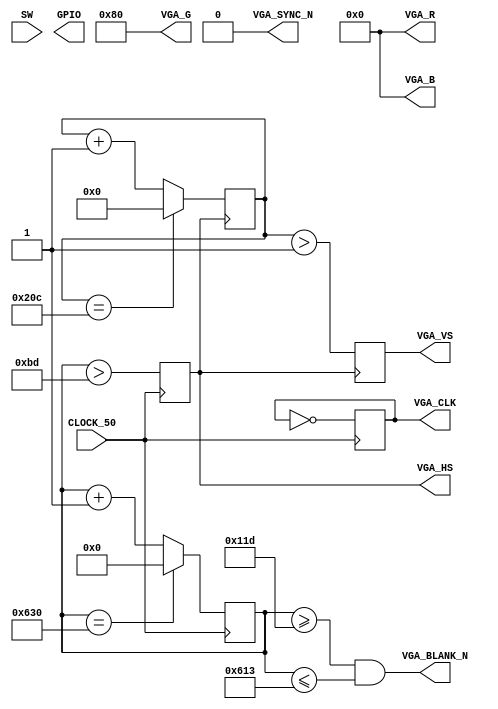
module VGA_TEST(
//General
CLOCK_50,
SW,
GPIO,
//VGA
VGA_R,
VGA_G,
VGA_B,
VGA_CLK,
VGA_BLANK_N,
VGA_HS,
VGA_VS,
VGA_SYNC_N,
);
//General inputs
input wire CLOCK_50;
input wire [17:0] SW;
output wire [35:0] GPIO;
//VGA connections
output wire [7:0] VGA_R, VGA_G, VGA_B;
output reg VGA_CLK;
output wire VGA_BLANK_N, VGA_SYNC_N;
output reg VGA_HS, VGA_VS;

assign GPIO[35] = VGA_BLANK_N;//VGA_VS;
assign GPIO[34] = VGA_HS;

//General 25 MHz Pixel Clock
always @(posedge CLOCK_50)
	VGA_CLK <= ~VGA_CLK;
	
//Set screen to red
assign VGA_R[7:0] = 8'b00000000;
assign VGA_G[7:0] = 8'b10000000;
assign VGA_B[7:0] = 8'b00000000;

//Set BLANK and SYNC signals
//Blank_N signal is low durring sync, front and back porch. 
assign VGA_BLANK_N = ((CLOCK_COUNTER[10:0] >= 11'd285) && (CLOCK_COUNTER[10:0] <= 11'd1555));
assign VGA_SYNC_N = 1'b0;

//Generate VGA_VS
// 190 c.c. Sync. 
//  95 c.c. Back porch
//1270 c.c. Display Interval
//  30 c.c. Front Porch
reg [9:0] LineCounter;
always @(negedge VGA_HS) begin
	LineCounter <= (LineCounter == 10'd524)? 10'b0: LineCounter[9:0] + 1'b1;
	VGA_VS <= (LineCounter[9:0] > 10'd1);
end

//Generate VGA_HS
//2   Lines Sync. 
//33  Lines Back porch
//480 Lines Display Interval
//10  Lines Front Porch
reg [10:0] CLOCK_COUNTER;
always @(posedge CLOCK_50) begin
	CLOCK_COUNTER <= (CLOCK_COUNTER == 11'd1584)? 11'b0: CLOCK_COUNTER[10:0] + 1'b1;
	VGA_HS <= (CLOCK_COUNTER[10:0] > 11'd189);
end

endmodule